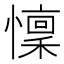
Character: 懍